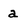
Character: a